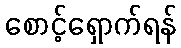
စောင့်ရှောက်ရန်